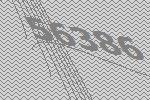
56386